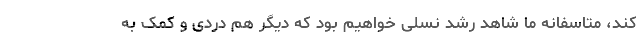
کند، متاسفانه ما شاهد رشد نسلی خواهیم بود که دیگر هم دردی و کمک به